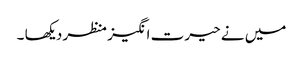
میں نے حیرت انگیز منظر دیکھا ۔